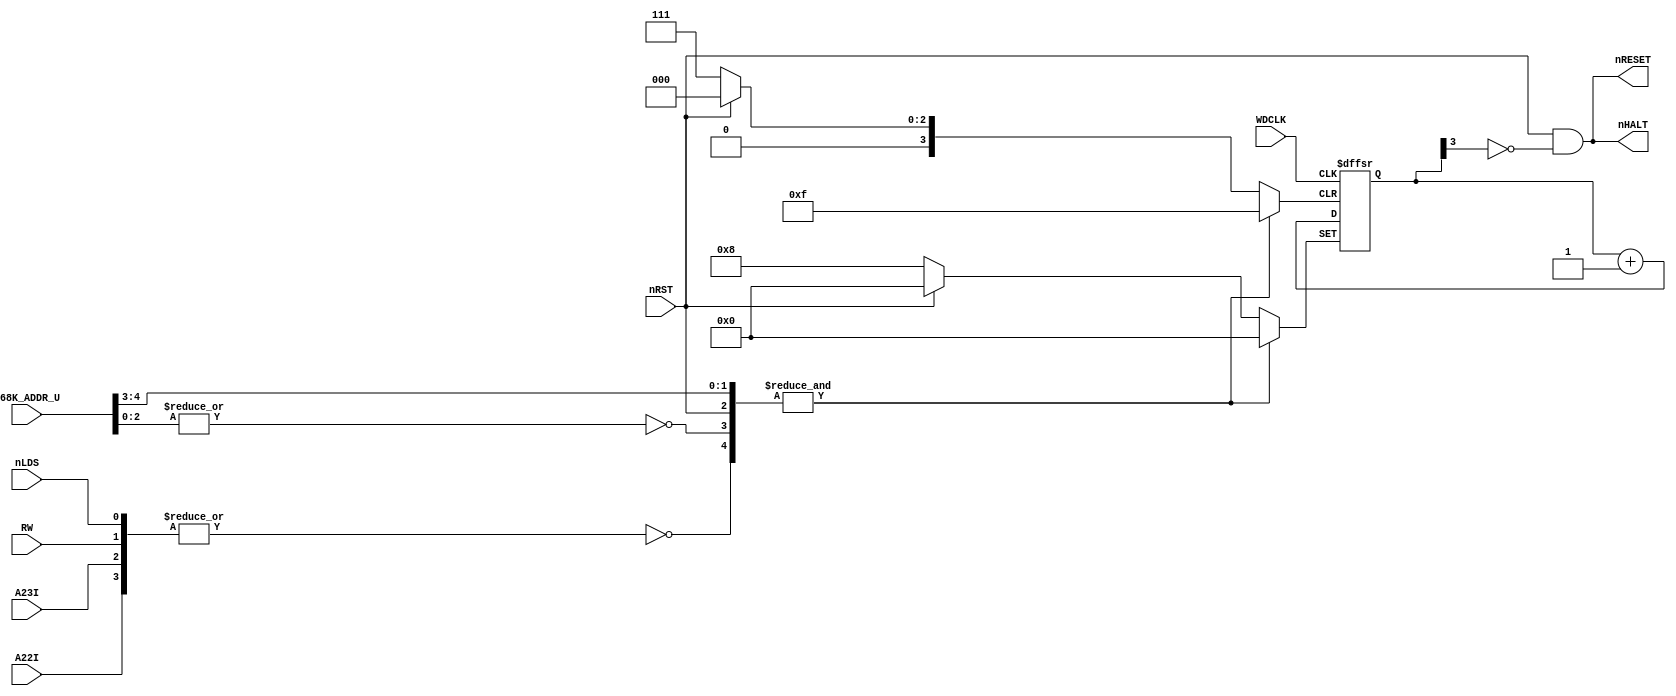
// This program was cloned from: https://github.com/furrtek/Neogeo_MiSTer_old
// License: GNU General Public License v2.0

// NeoGeo logic definition
// Copyright (C) 2018 Sean Gonsalves
//
// This program is free software: you can redistribute it and/or modify
// it under the terms of the GNU General Public License as published by
// the Free Software Foundation, either version 3 of the License, or
// (at your option) any later version.
//
// This program is distributed in the hope that it will be useful,
// but WITHOUT ANY WARRANTY; without even the implied warranty of
// MERCHANTABILITY or FITNESS FOR A PARTICULAR PURPOSE.  See the
// GNU General Public License for more details.
//
// You should have received a copy of the GNU General Public License
// along with this program.  If not, see <https://www.gnu.org/licenses/>.

module watchdog(
	input nLDS, RW,
	input A23I, A22I,
	input [21:17] M68K_ADDR_U,
	//input [12:1] M68K_ADDR_L,
	input WDCLK,
	output nHALT,
	output nRESET,
	input nRST
);

	reg [3:0] WDCNT;
	
	initial
		WDCNT <= 4'b0000;
	
	// IMPORTANT:
	// nRESET is an open-collector output on B1, so that the 68k can drive it (RESET instruction)
	// The line has a 4.7k pullup (schematics page 1)
	// nRESET changes state on posedge nBNKB (posedge mclk), but takes a slightly variable amount of time to
	// return high after it is released. Low during 8 frames, released during 8 frames.
	assign nRESET = nRST & ~WDCNT[3];
	assign nHALT = nRESET;	// Yup (these are open-collector)
	
	// $300001 (LDS)
	// 0011000xxxxxxxxxxxxxxxx1
	// MAME says 00110001xxxxxxxxxxxxxxx1 but NEO-B1 doesn't have A16
	wire WDRESET = &{nRST, ~|{nLDS, RW, A23I, A22I}, M68K_ADDR_U[21:20], ~|{M68K_ADDR_U[19:17]}};
	
	always @(posedge WDCLK or posedge WDRESET or negedge nRST)
	begin
		if (WDRESET)
			WDCNT <= 4'b0000;
		else if (!nRST)
			WDCNT <= 4'b1000;
		else
			WDCNT <= WDCNT + 1'b1;
	end

endmodule